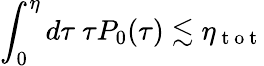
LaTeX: \int_{0}^{\eta}d\tau~\tau P_{0}(\tau)\lesssim\eta_{\mathrm{~t~o~t~}}